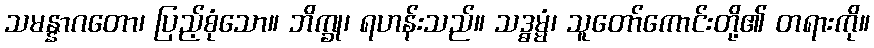
သမန္နာဂတော၊ ပြည့်စုံသော။ ဘိက္ခု၊ ရဟန်းသည်။ သဒ္ဓမ္မံ၊ သူတော်ကောင်းတို့၏ တရားကို။